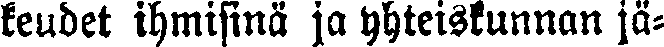
keudet ihmisinä ja yhteiskunnan jä-